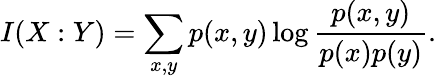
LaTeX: I(X:Y)=\sum_{x,y}p(x,y)\log{\frac{p(x,y)}{p(x)p(y)}}.